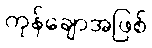
ကုန်ချောအဖြစ်